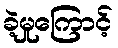
ခဲ့မှုကြောင့်